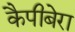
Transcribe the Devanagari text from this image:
कैपीबेरा